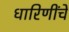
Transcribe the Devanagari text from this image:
धारिणींचे